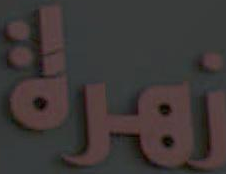
زهرة